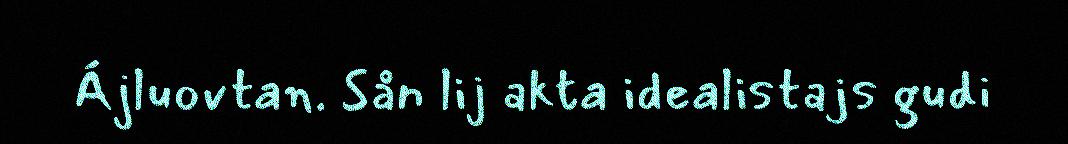
Ájluovtan. Sån lij akta idealistajs gudi